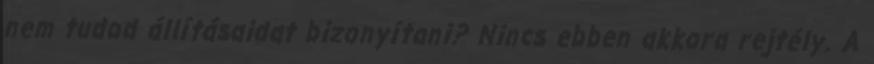
nem tudod állításaidat bizonyítani? Nincs ebben akkora rejtély. A